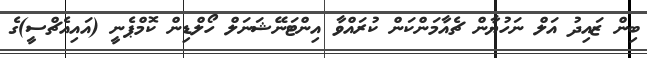
ބިން ޒައިދު އަލް ނަހުޔާން ޗެއާމަންކަން ކުރައްވާ އިންޓަނޭޝަނަލް ހޯލްޑިން ކޮމްޕެނީ (އައިއެޗްސީ)ގެ